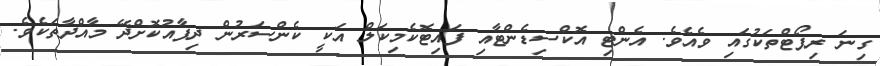
ގިނަ ރިޕޯޓްތަކުގައި ވެއެވެ. އެންޓި އޮކްސިޑެންޓާއި ފައިޓޮކެމިކަލް އަކީ ކެންސަރުން ދިފާއުކޮށްދޭ މާއްދާތަކެވެ.